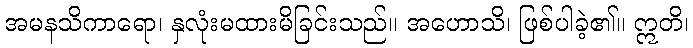
အမနသိကာရော၊ နှလုံးမထားမိခြင်းသည်။ အဟောသိ၊ ဖြစ်ပါခဲ့၏။ ဣတိ၊